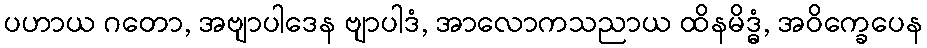
ပဟာယ ဂတော, အဗျာပါဒေန ဗျာပါဒံ, အာလောကသညာယ ထိနမိဒ္ဓံ, အဝိက္ခေပေန